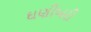
ઘણીખરી